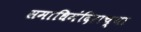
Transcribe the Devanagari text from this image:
समाधिमंदिराच्या